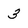
Character: 3